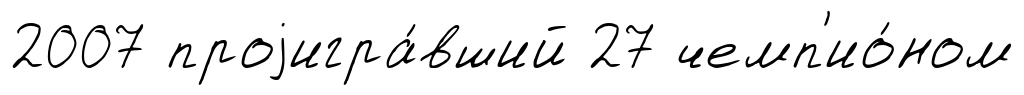
2007 проjигра́вший 27 чемп'ио́ном